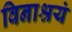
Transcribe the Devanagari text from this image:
विनाश्रयं